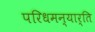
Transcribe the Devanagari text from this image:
परिधमन्यार्ति